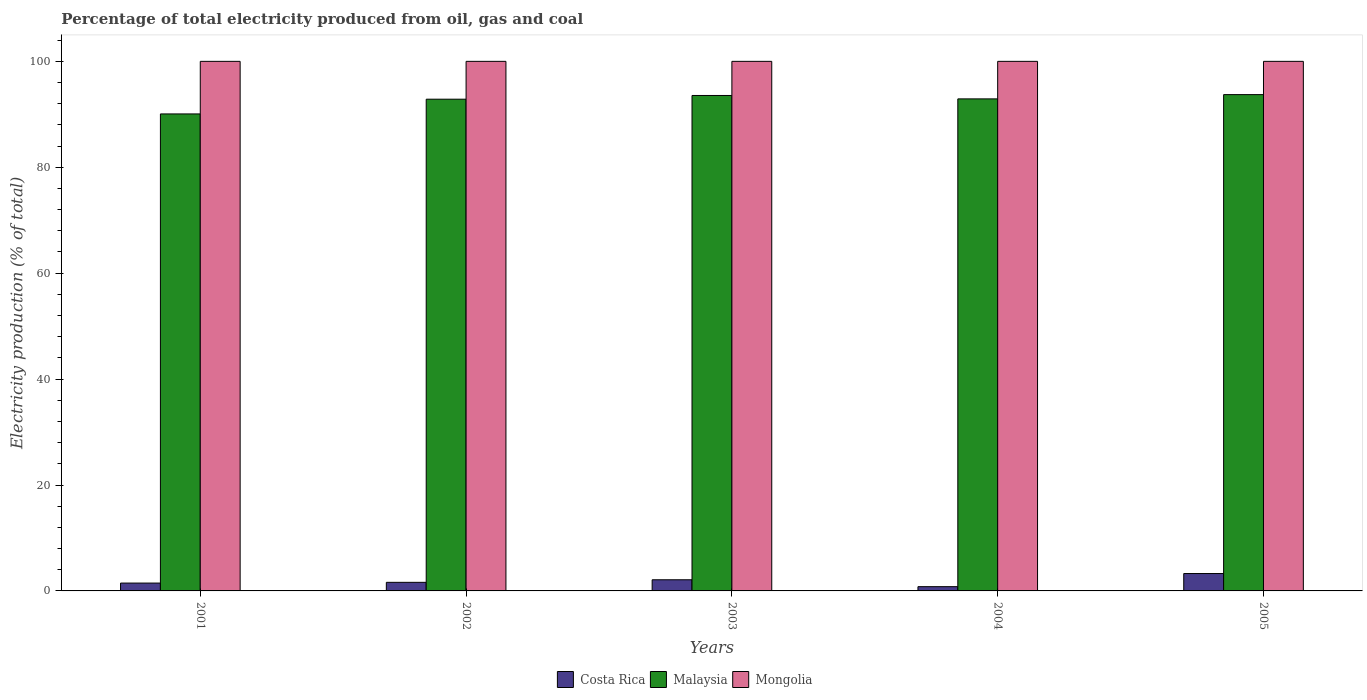
| Years | Costa Rica | Malaysia | Mongolia |
 | --- | --- | --- | --- |
 | 2001 | 1.48 | 90.1 | 100 |
 | 2002 | 1.62 | 92.9 | 100 |
 | 2003 | 2.11 | 93.6 | 100 |
 | 2004 | 0.803 | 92.9 | 100 |
 | 2005 | 3.28 | 93.7 | 100 |